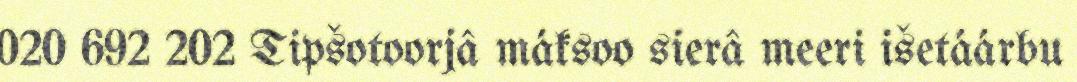
020 692 202 Tipšotoorjâ máksoo sierâ meeri išetáárbu